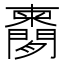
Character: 𬮔